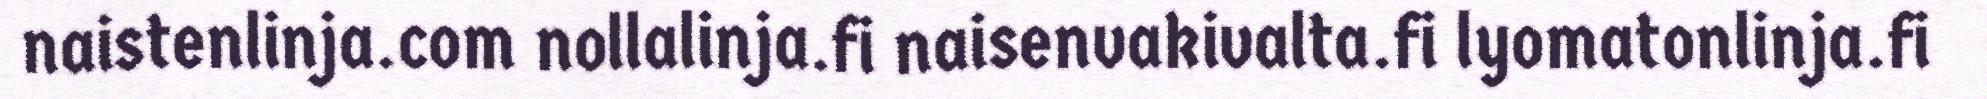
naistenlinja.com nollalinja.fi naisenvakivalta.fi lyomatonlinja.fi